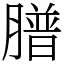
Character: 𦡮